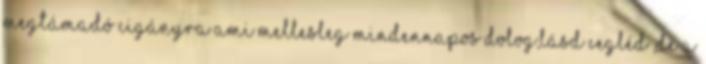
megtámadó cigányra ami mellesleg mindennapos dolog,lásd Cegléd ,de a